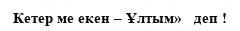
Кетер ме екен – Ұлтым»   деп !